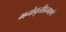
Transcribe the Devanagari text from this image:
मनोवृत्तीप्रमाणे